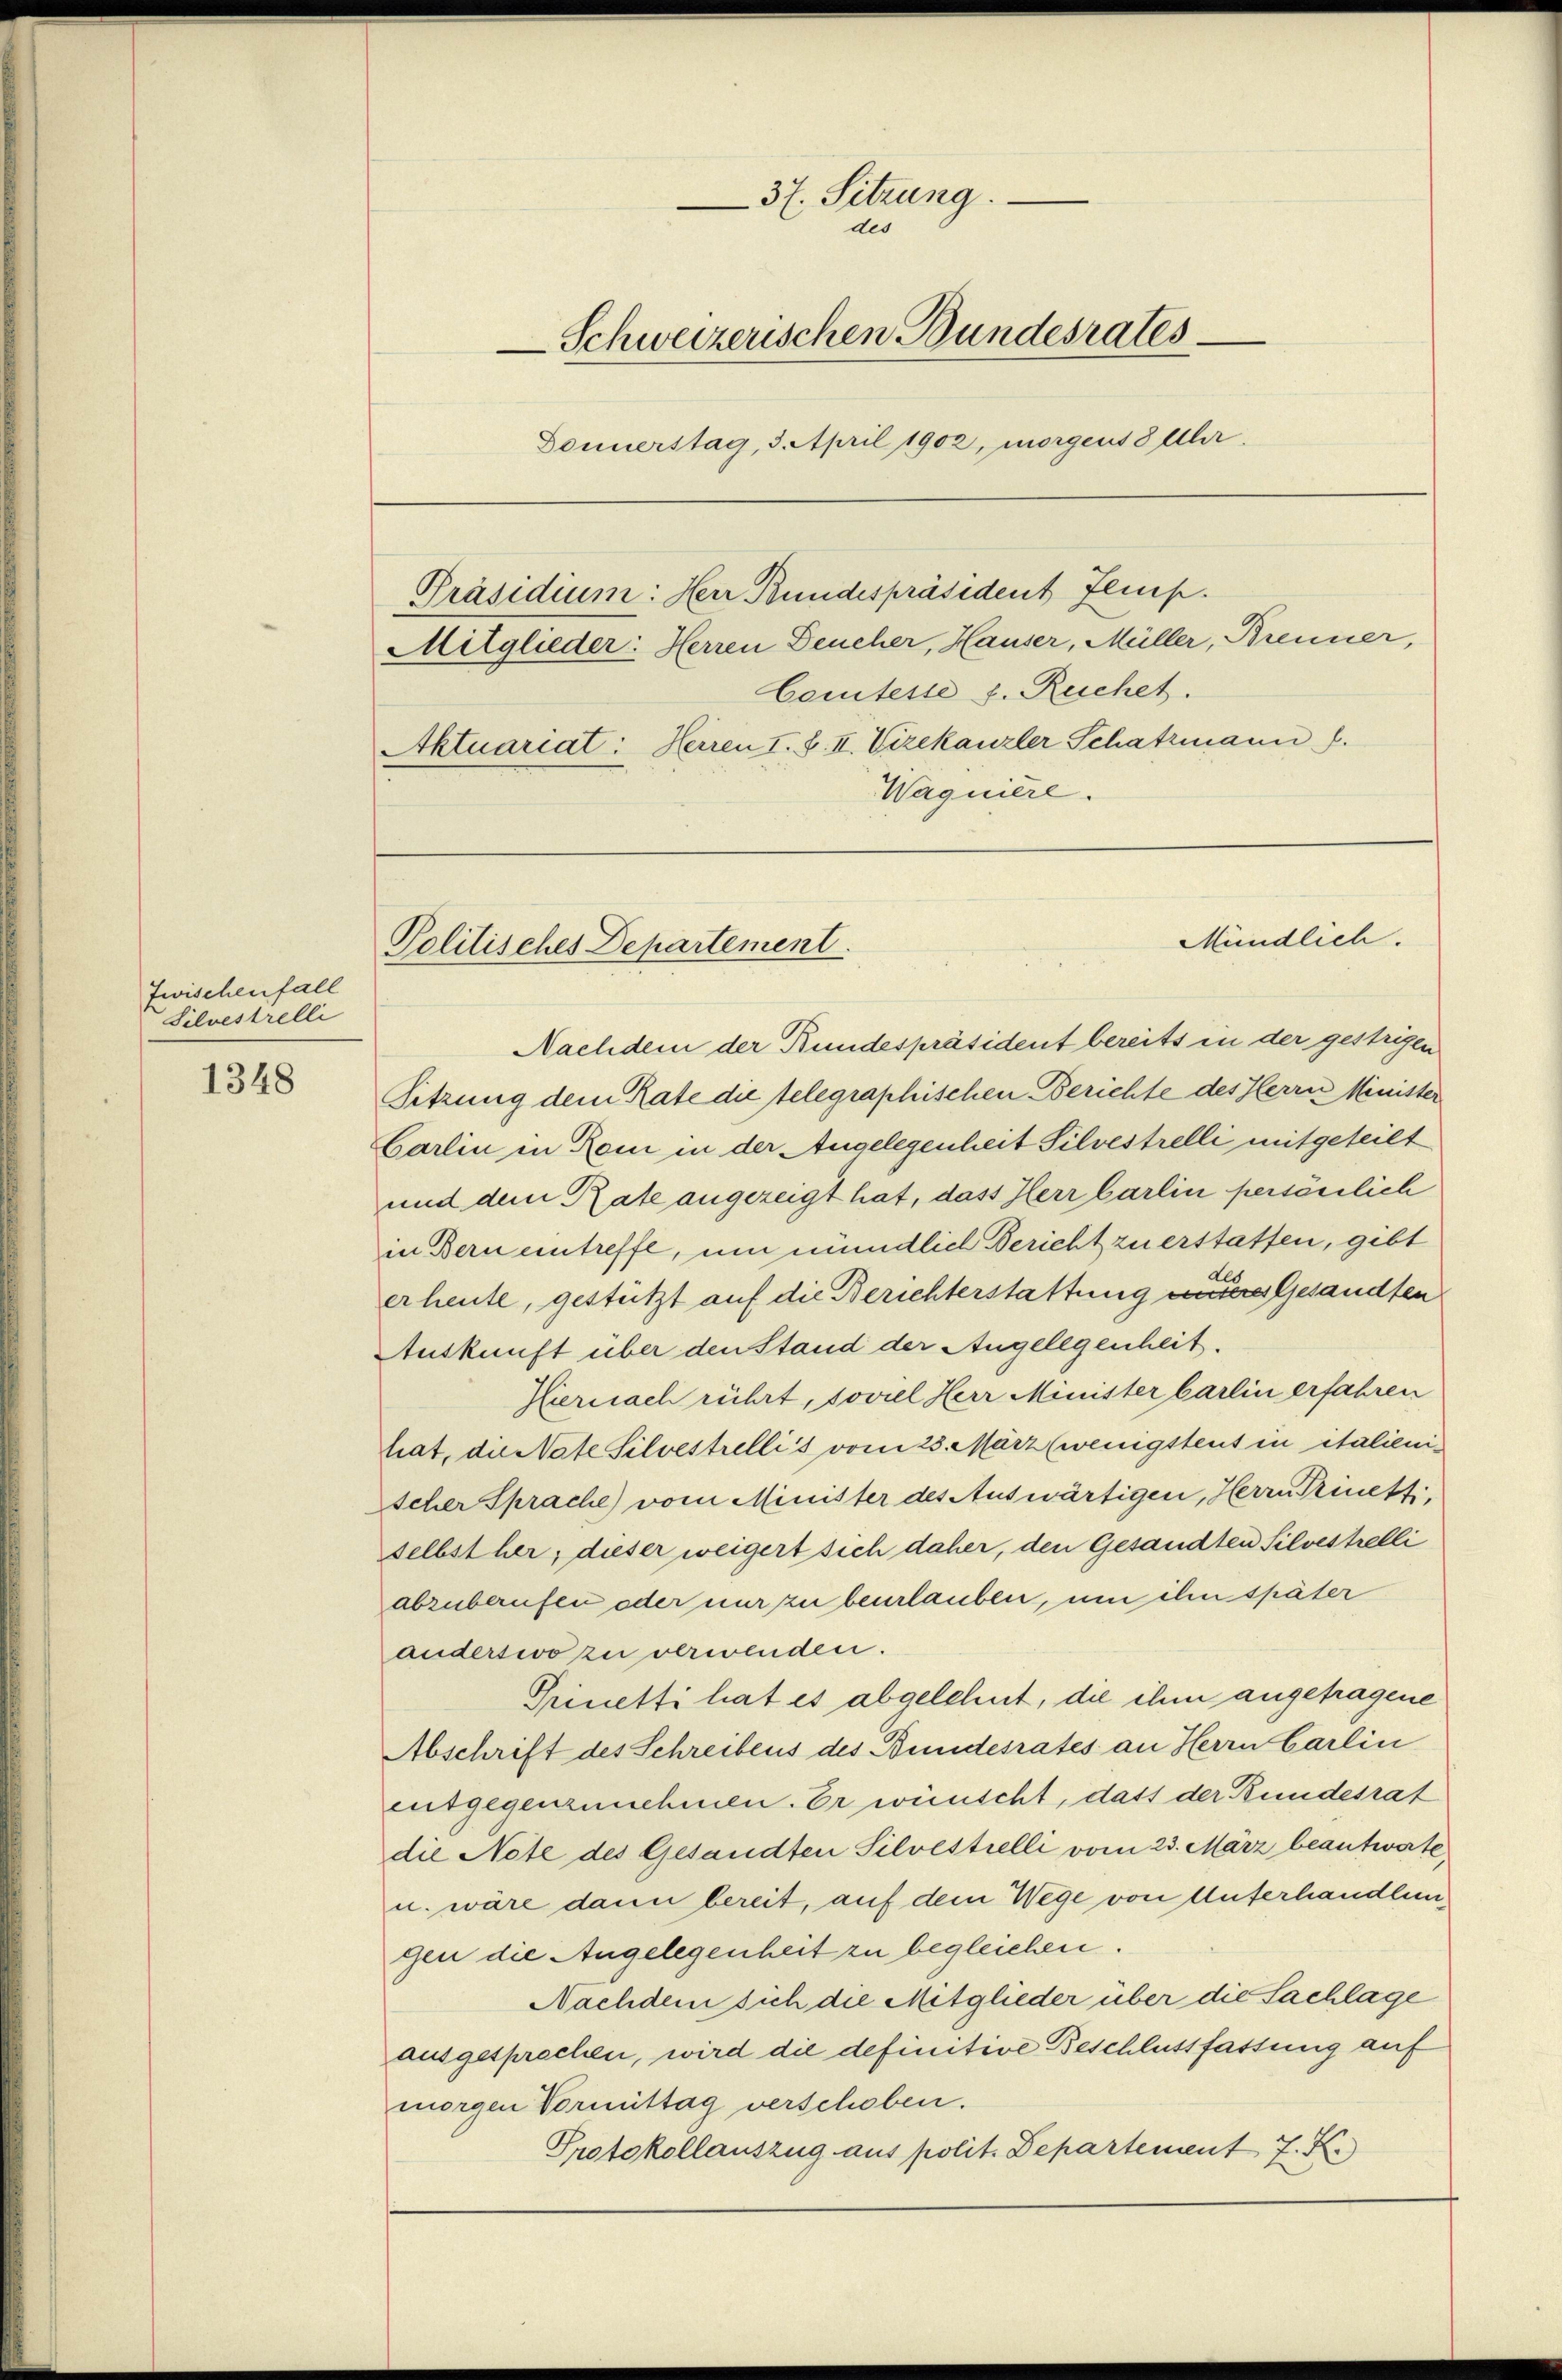
Zwischenfall
Silvestrelli

1348

37. Sitzung.
des
Schweizerischen Bundesrates
Donnerstag, 3. April 1902, morgens 8 Uhr
Präsidium: Herr Bundespräsident Jemp.
Mitglieder: Herren Deucher, Hauser, Müller, Brenner,
Comtesse u. Ruchet.
Aktuariat: Herren I. S. II. Vizekanzler Schatzmann.
Wagniere.

Politisches Departement.

Nachdem der Bundespräsident bereits in der gestrigen
Sitzung dem Rate die telegraphischen Berichte des Herrn Minister
Carlin in Rom in der Angelegenheit Silvestrelli mitgeteilt
und dem Rate angezeigt hat, dass Herr Carlin persönlich
in Bern eintreffe, um mündlich Bericht zu erstatten, gibt
er heute, gestützt auf die Berichterstattung wiedere Gesandten
Auskunft über den Stand der Angelegenheit.
Hiernach rührt, soviel Herr Minister barlin erfahren
tat, die Nate Silvestrellis vom 23. März (wenigstens in italienischer Sprache) vom Minister des Auswärtigen, Herrn Trinetti,
selbst her, dieser weigert sich daher, den Gesandten Silvestelli
abzuberufen oder nur zu beurlauben, um ihn später
anderswo zu verwenden.
Pinetti hat es abgelehnt, die ihm angetragene
Abschrift des Schreibens des Bundesrates an Herrn Carlin
entgegenzunehmen. Er wünscht, dass der Bundesrat
die Note des Gesandten Silvestielli vom 23. März beantworte¬
u. wäre dann bereit, auf dem Wege von Unterhandlungen die Angelegenheit zu begleichen.
Nachdem sich die Mitglieder über die Sachlage
ausgesprochen, wird die definitive Beschlussfassung auf
morgen Vormittag verschoben.
Protokollauszug aus polit. Departement 7. X.

Mündlich.